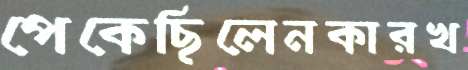
পেকেছিলেনকারখ